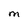
Character: M